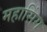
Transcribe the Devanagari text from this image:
महासिंग